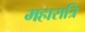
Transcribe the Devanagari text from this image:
महारात्रि